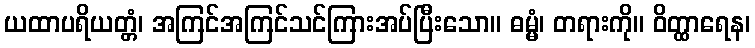
ယထာပရိယတ္တံ၊ အကြင်အကြင်သင်ကြားအပ်ပြီးသော။ ဓမ္မံ၊ တရားကို။ ဝိတ္ထာရေန၊